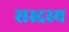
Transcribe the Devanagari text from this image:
सस्दस्य